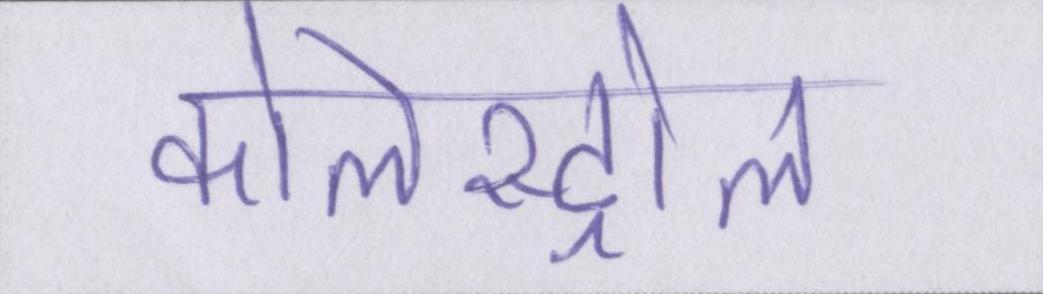
कोलेस्ट्रोल